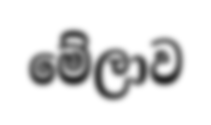
මේලාව